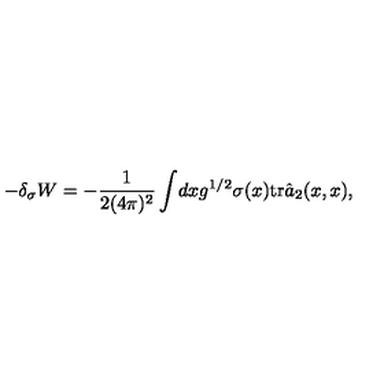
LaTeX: - \delta _ { \sigma } W = - \frac 1 { 2 ( 4 \pi ) ^ { 2 } } \int \! d x g ^ { 1 / 2 } \sigma ( x ) \mathrm { t r } \hat { a } _ { 2 } ( x , x ) ,